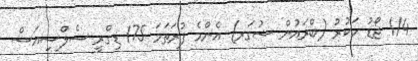
1/4 ޖޯޑު ހަކުރު (ބްރައުން ޝުގަރ) އެންމެ ފުރަތަމަ 175 ޑިގްރީ ސެލްސިއަސް